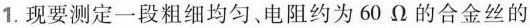
1. 现要测定一段粗细均匀、电阻约为 60 Ω 的合金丝的